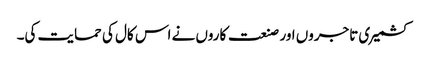
کشمیری تاجروں اور صنعت کاروں نے اس کال کی حمایت کی۔